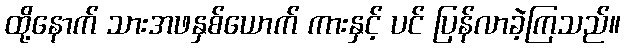
ထို့နောက် သားအဖနှစ်ယောက် ကားနှင့် ပင် ပြန်လာခဲ့ကြသည်။